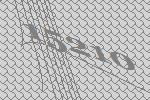
15210